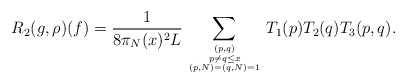
\begin{align*}R_2(g,\rho)(f) = \frac{1}{8 \pi_N(x)^2L}\sum_{(p,q) \atop {p \neq q \leq x \atop{(p,N) = (q,N) = 1}}} T_1(p)T_2(q)T_3(p,q).\end{align*}